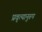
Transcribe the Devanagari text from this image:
प्रवृत्यानुरुप